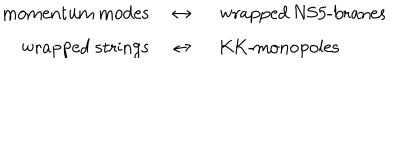
\begin{array} { } { { b ] { r c l } \mathrm { m o m e n t u m ~ m o d e s } } } & { { ~ \leftrightarrow ~ } } & { { \mathrm { w r a p p e d ~ N S 5 - b r a n e s } } } \\ { { \mathrm { w r a p p e d ~ s t r i n g s } } } & { { ~ \leftrightarrow ~ } } & { { \mathrm { K K - m o n o p o l e s } } } \\ \end{array}